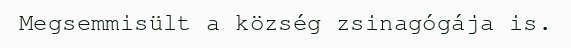
Megsemmisült a község zsinagógája is.